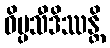
ဝိပ္ပသီဒိဿန္တိ